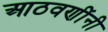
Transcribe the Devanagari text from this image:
आठवणींनी